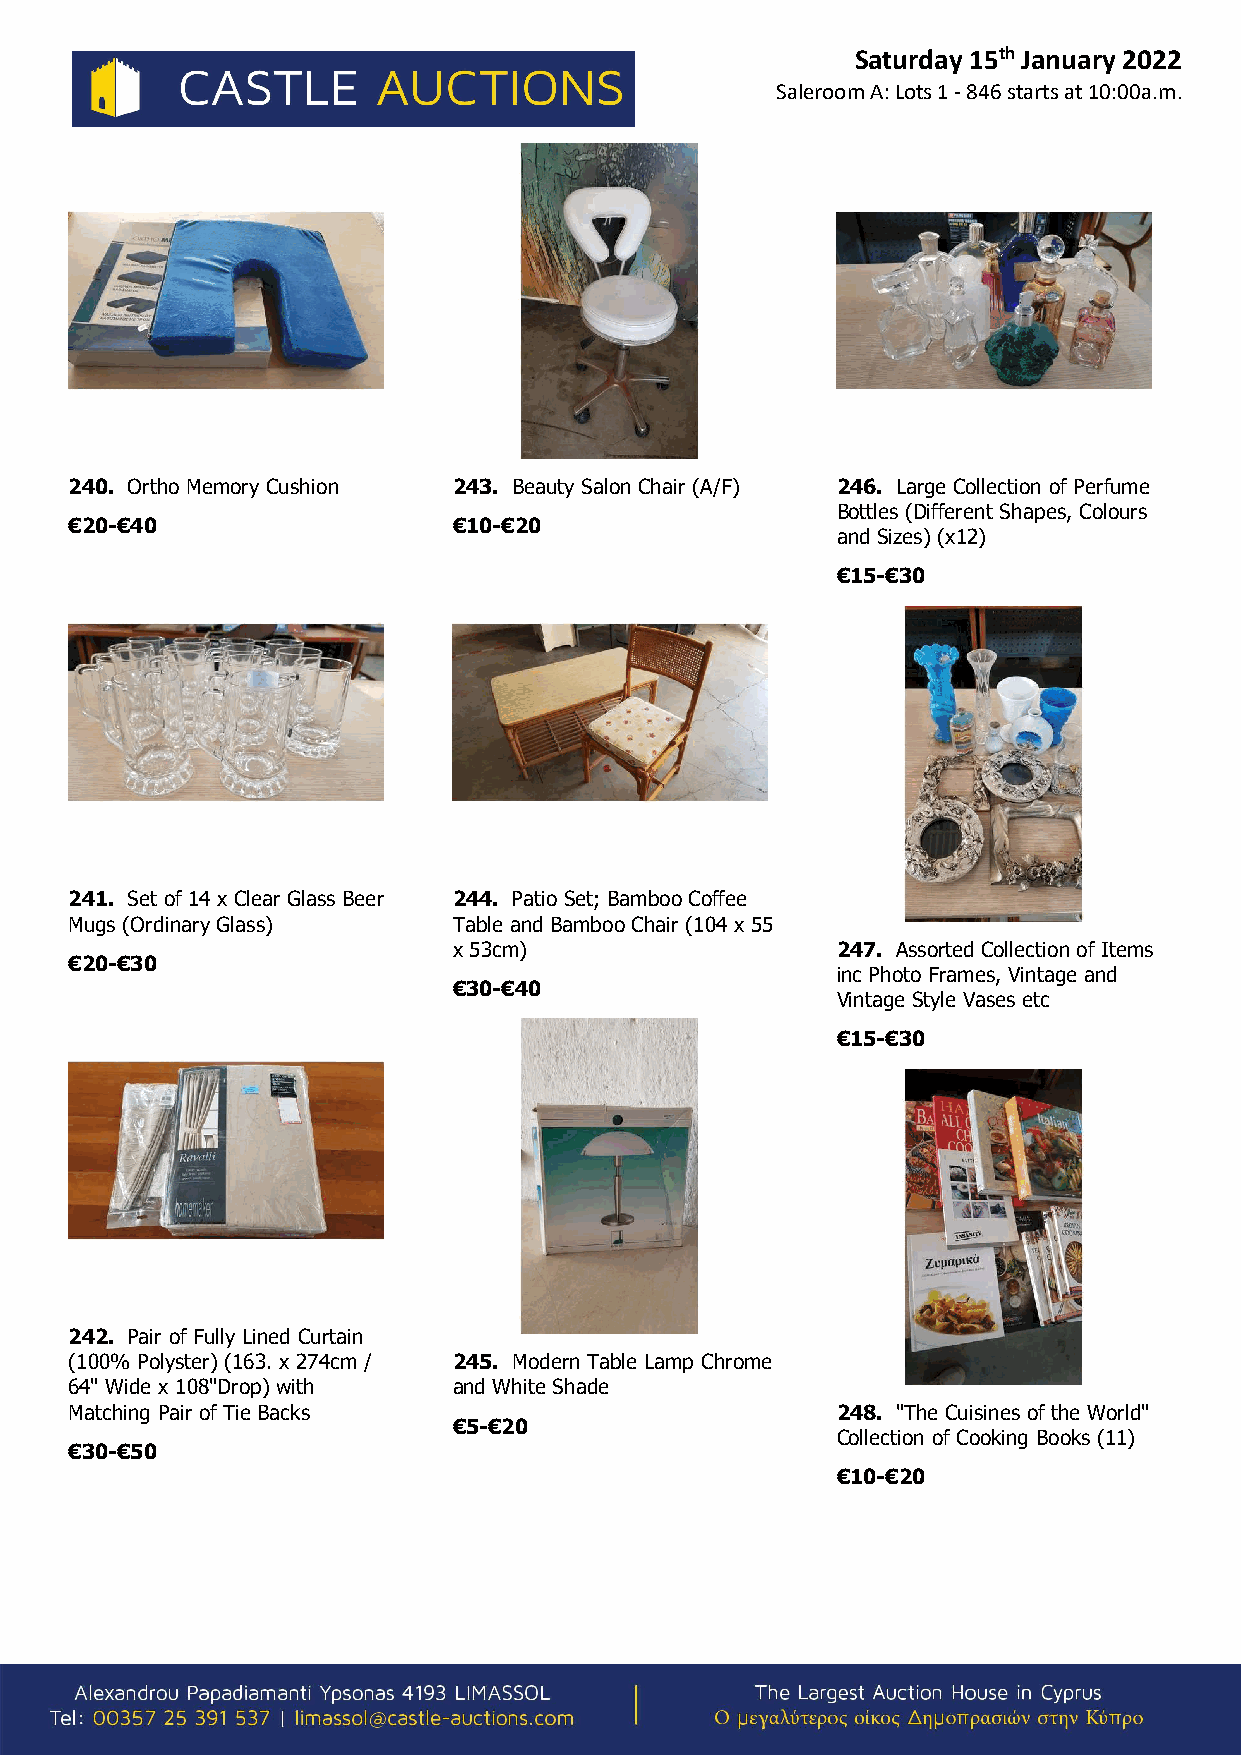
Saturday 15th January 2022
 Saleroom A: Lots 1 - 846 starts at 10:00a.m.
 240. Ortho Memory Cushion 243. Beauty Salon Chair (A/F) 246. Large Collection of Perfume
 Bottles (Different Shapes, Colours
 €20-€40                  €10-€20
 and Sizes) (x12)
 €15-€30
 241. Set of 14 x Clear Glass Beer 244. Patio Set; Bamboo Coffee
 Mugs (Ordinary Glass)    Table and Bamboo Chair (104 x 55
 x 53cm)                  247. Assorted Collection of Items
 €20-€30
 inc Photo Frames, Vintage and
 €30-€40
 Vintage Style Vases etc
 €15-€30
 242. Pair of Fully Lined Curtain
 (100% Polyster) (163. x 274cm / 245. Modern Table Lamp Chrome
 64" Wide x 108"Drop) with and White Shade
 Matching Pair of Tie Backs                        248. "The Cuisines of the World"
 €5-€20
 Collection of Cooking Books (11)
 €30-€50
 €10-€20